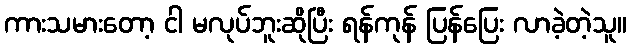
ကားသမားတော့ ငါ မလုပ်ဘူးဆိုပြီး ရန်ကုန် ပြန်ပြေး လာခဲ့တဲ့သူ။